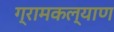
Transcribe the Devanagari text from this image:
ग्रामकल्याण